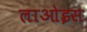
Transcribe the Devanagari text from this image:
लाओइस